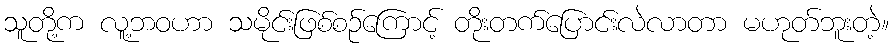
သူတို့က လူ့ဘဝဟာ သမိုင်းဖြစ်စဉ်ကြောင့် တိုးတက်ပြောင်းလဲလာတာ မဟုတ်ဘူးတဲ့။